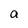
Character: a